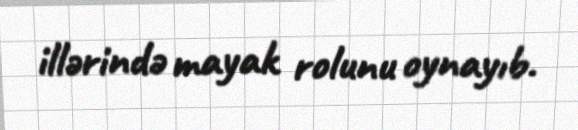
illərində mayak rolunu oynayıb.